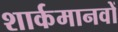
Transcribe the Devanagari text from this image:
शार्कमानवों